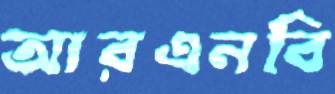
আরএনবি